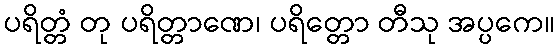
ပရိတ္တံ တု ပရိတ္တာဏေ၊ ပရိတ္တော တီသု အပ္ပကေ။